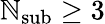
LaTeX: \mathbb{N}_{\mathrm{{sub}}}\ge3